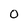
Character: O